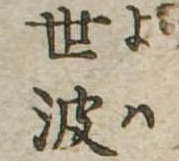
世波